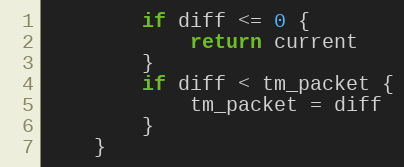
Language: Go
		if diff <= 0 {
			return current
		}
		if diff < tm_packet {
			tm_packet = diff
		}
	}